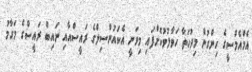
އެމްއެމްސީގެ ހިންގުން މިދުހަތާ ހަވާލުވުކޮށްފައި މިވަނީ އެކައުންސިލްގެ ރައީސްއާއި ނައިބް ރައީސްގެ މަގާމު